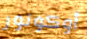
أوكونور